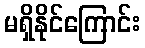
မရှိနိုင်ကြောင်း